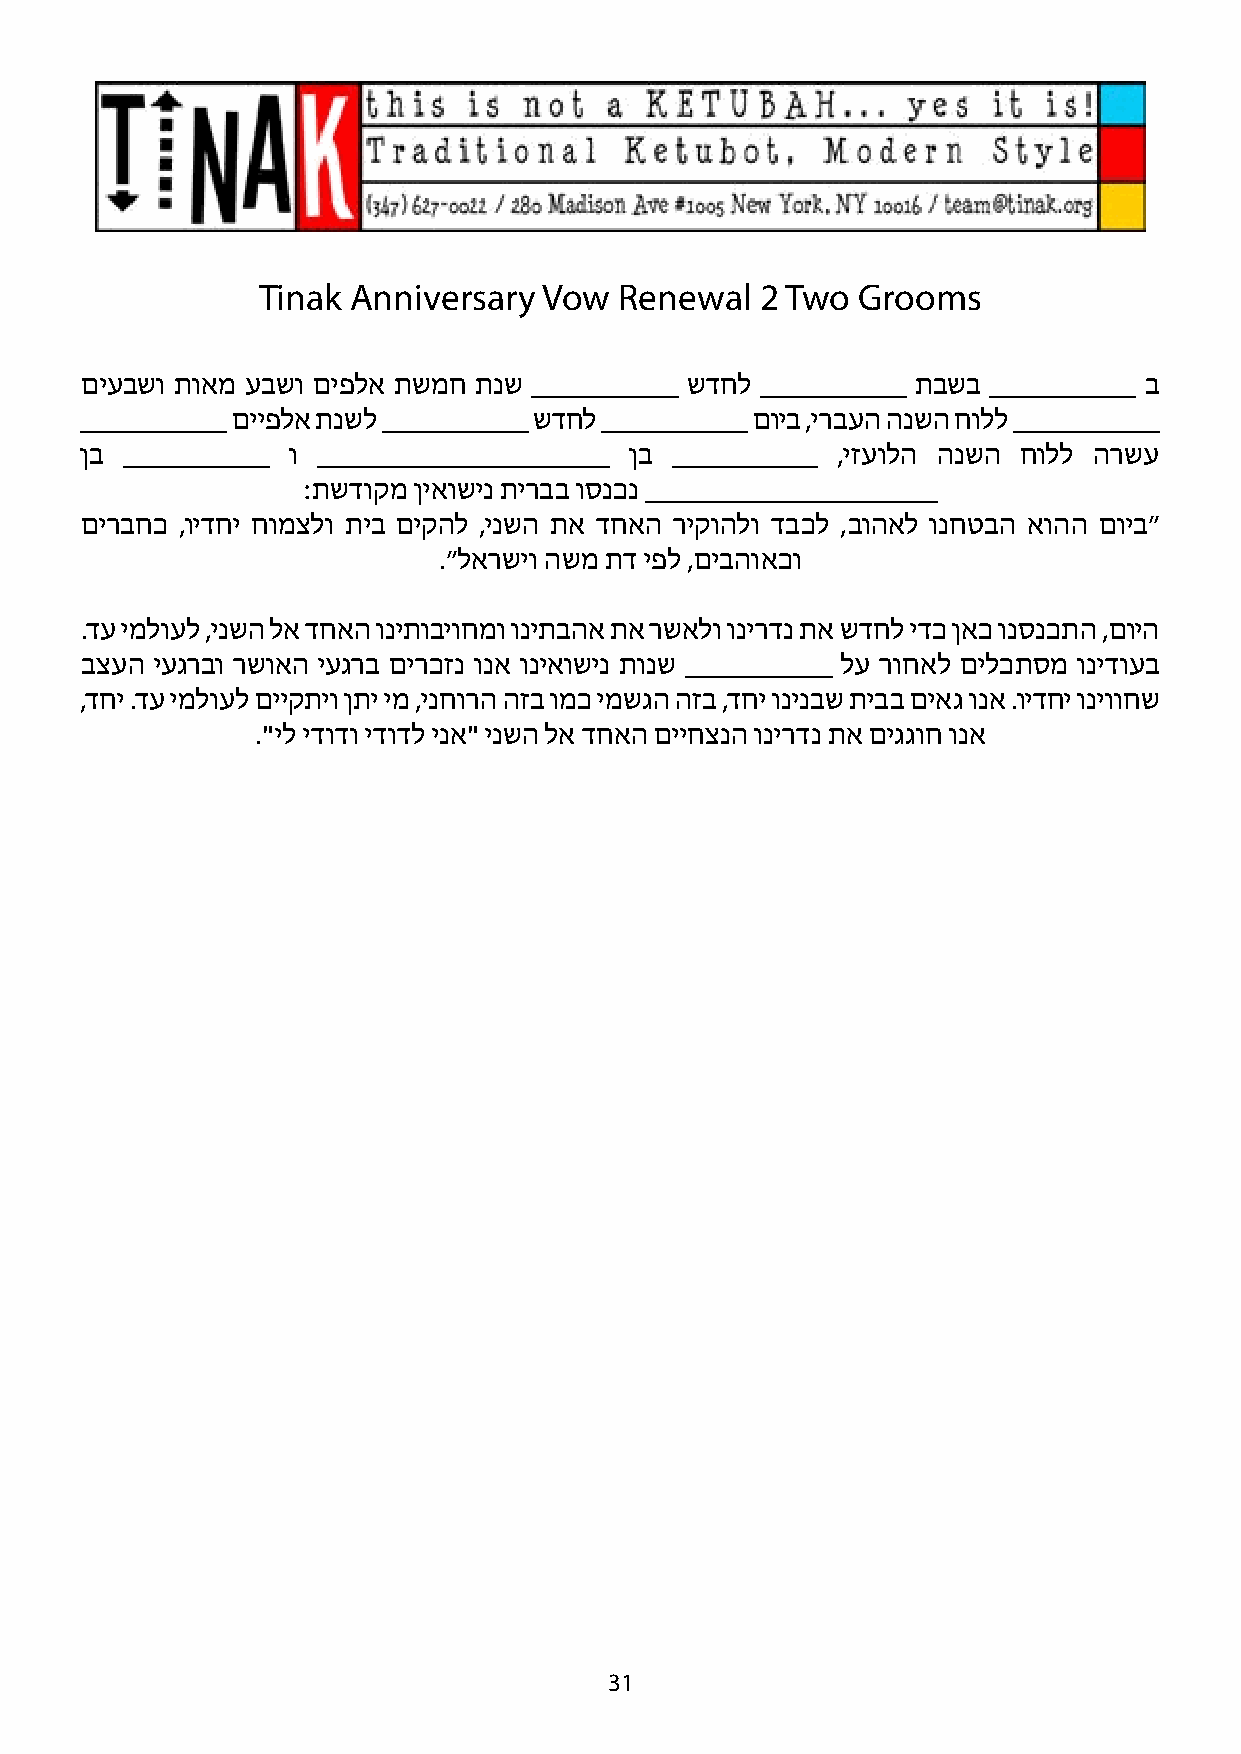
Tinak Anniversary  Vow  Renewal  2 Two  Grooms
 םיעבשו תואמ עבשו םיפלא תשמח תנש __________ שדחל __________ תבשב __________ ב
 __________ םייפלא תנשל __________ שדחל __________ םויב ,ירבעה הנשה חולל __________
 ןב __________ ו ____________________ ןב __________ ,יזעולה הנשה חולל הרשע
 :תשדוקמ ןיאושינ תירבב וסנכנ ____________________
 םירבחכ ,וידחי חומצלו תיב םיקהל ,ינשה תא דחאה ריקוהלו דבכל ,בוהאל ונחטבה אוהה םויב״
 .״לארשיו השמ תד יפל ,םיבהואכו
 .דע ימלועל ,ינשה לא דחאה וניתוביוחמו וניתבהא תא רשאלו ונירדנ תא שדחל ידכ ןאכ ונסנכתה ,םויה
 בצעה יעגרבו רשואה יעגרב םירכזנ ונא וניאושינ תונש __________ לע רוחאל םילכתסמ ונידועב
 ,דחי .דע ימלועל םייקתיו ןתי ימ ,ינחורה הזב ומכ ימשגה הזב ,דחי ונינבש תיבב םיאג ונא .וידחי וניווחש
 ."יל ידודו ידודל ינא" ינשה לא דחאה םייחצנה ונירדנ תא םיגגוח ונא
 31